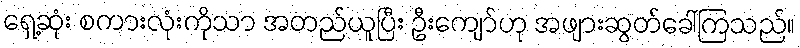
ရှေ့ဆုံး စကားလုံးကိုသာ အတည်ယူပြီး ဦးကျော်ဟု အဖျားဆွတ်ခေါ်ကြသည်။